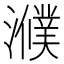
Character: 𤂛